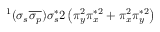
^ 1 ( \sigma _ { s } \overline { { \sigma _ { p } } } ) \sigma _ { s } ^ { * } 2 \left( \pi _ { y } ^ { 2 } \pi _ { x } ^ { * 2 } + \pi _ { x } ^ { 2 } \pi _ { y } ^ { * 2 } \right)